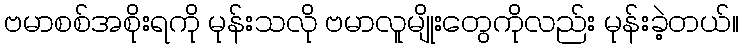
ဗမာစစ်အစိုးရကို မုန်းသလို ဗမာလူမျိုးတွေကိုလည်း မုန်းခဲ့တယ်။